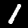
Label: 1